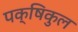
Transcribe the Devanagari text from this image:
पक्षिकुल